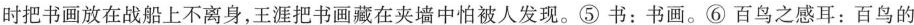
时把书画放在战船上不离身，王涯把书画藏在夹墙中怕被人发现。⑤书：书画。⑥百鸟之感耳：百鸟的